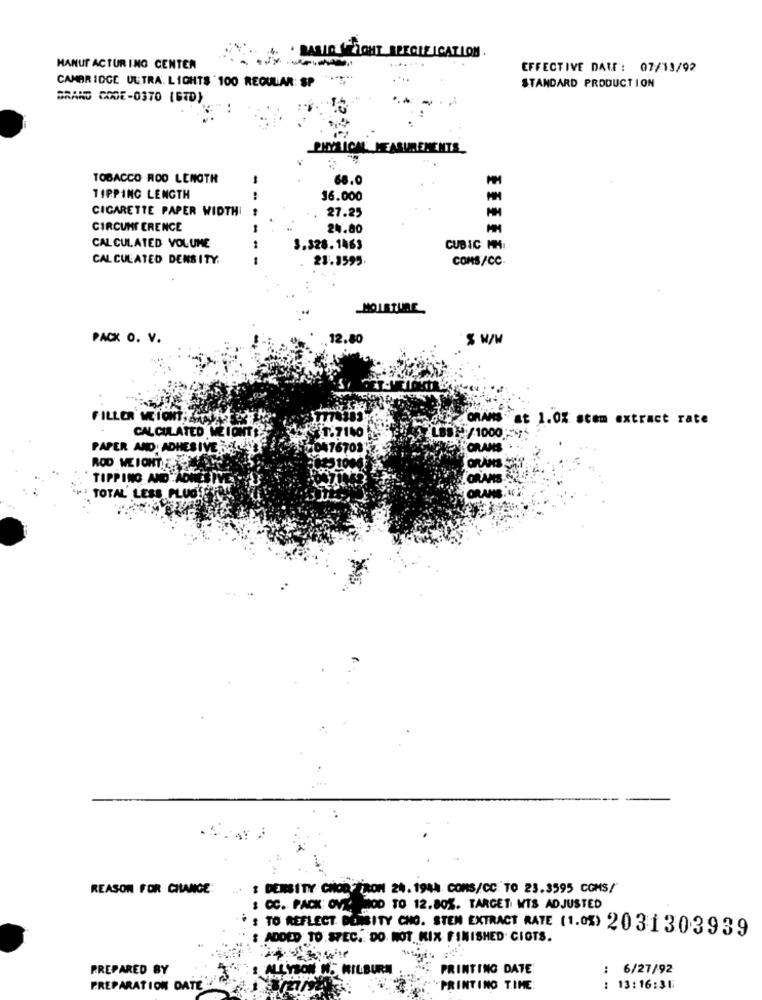
.BASIG WICHT SPECIFICATION .
HANUT ACTUR ING CENTER
EFFECTIVE DATE : 07/13/92
CAMBRIDGE ULTRA. LIGHTS 100 REGULAR: SP
STANDARD PRODUCTION
BRAND CODE-0370 (6TD)
PHYSICAL MEASUREMENTS
TOBACCO ROD LENGTH
68.0
TIPPING LENGTH
16.000
CIGARETTE PAPER WIDTHI
-- -
27.25
CIRCUMFERENCE
24.80
CALCULATED VOLUME
--
3.328.1463
CUBIC MM
CALCULATED DENSITY.
21.3595
COMS/CC
MOISTURE
PACK O. V.
12.80
FILLER MEION
t 1.0% stem extract rate
CALCULATED ME ICH
$1.7140
/1000
PAPER AND: ADHESIVE.56
0476703
ORAN
ROD WEIONT
TIPPING AND.
LORANE
TOTAL LESS PLUS!
OR
REASON FOR CILANGE:
: DENSITY CHOD TROM 24. 1944 COMS/CC TO 23.3595 COMS/
& CC. PACK: OVT.
MOD TO 12.80%. TARGET WTS ADJUSTED
: TO REFLECT DERSITY CHO. STEM EXTRACT RATE (1.0%) 20 31 303939
: ADDED TO SPEC. DO NOT. KIX FINISHED CIOTS.
PREPARED BY
ALLYSON W5 MILBURN
PRINTING DATE:
: 6/27/92
PREPARATION DATE
PRINTING TIME:
: 13:16:31